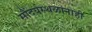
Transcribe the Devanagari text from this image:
सौंदर्यस्थळांनाही